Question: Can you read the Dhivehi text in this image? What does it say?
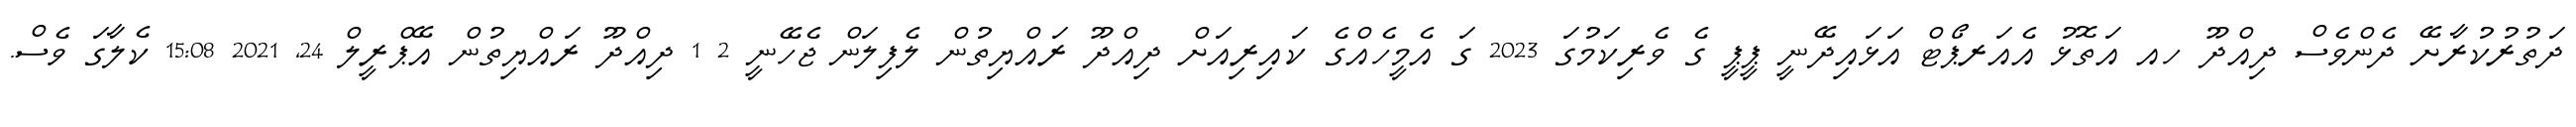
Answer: ދަތުރުކުރާށޭ ދެންވެސް ދިއްދޫ ހއ އަތޮޅު އެއަރޕޯޓް އަޅައިދޭނީ ޕީޕީ ގެ ވެރިކަމުގަ 2023 ގަ އެމީހެއްގެ ކައިރިއަށް ދިއްދޫ ރައްޔިތުން ލެފިލަން ޖެހޭނީ 2 1 ދިއްދޫ ރައްޔިތުން އޭޕްރީލް 24, 2021 15:08 ކެލާގަ ވެސް.